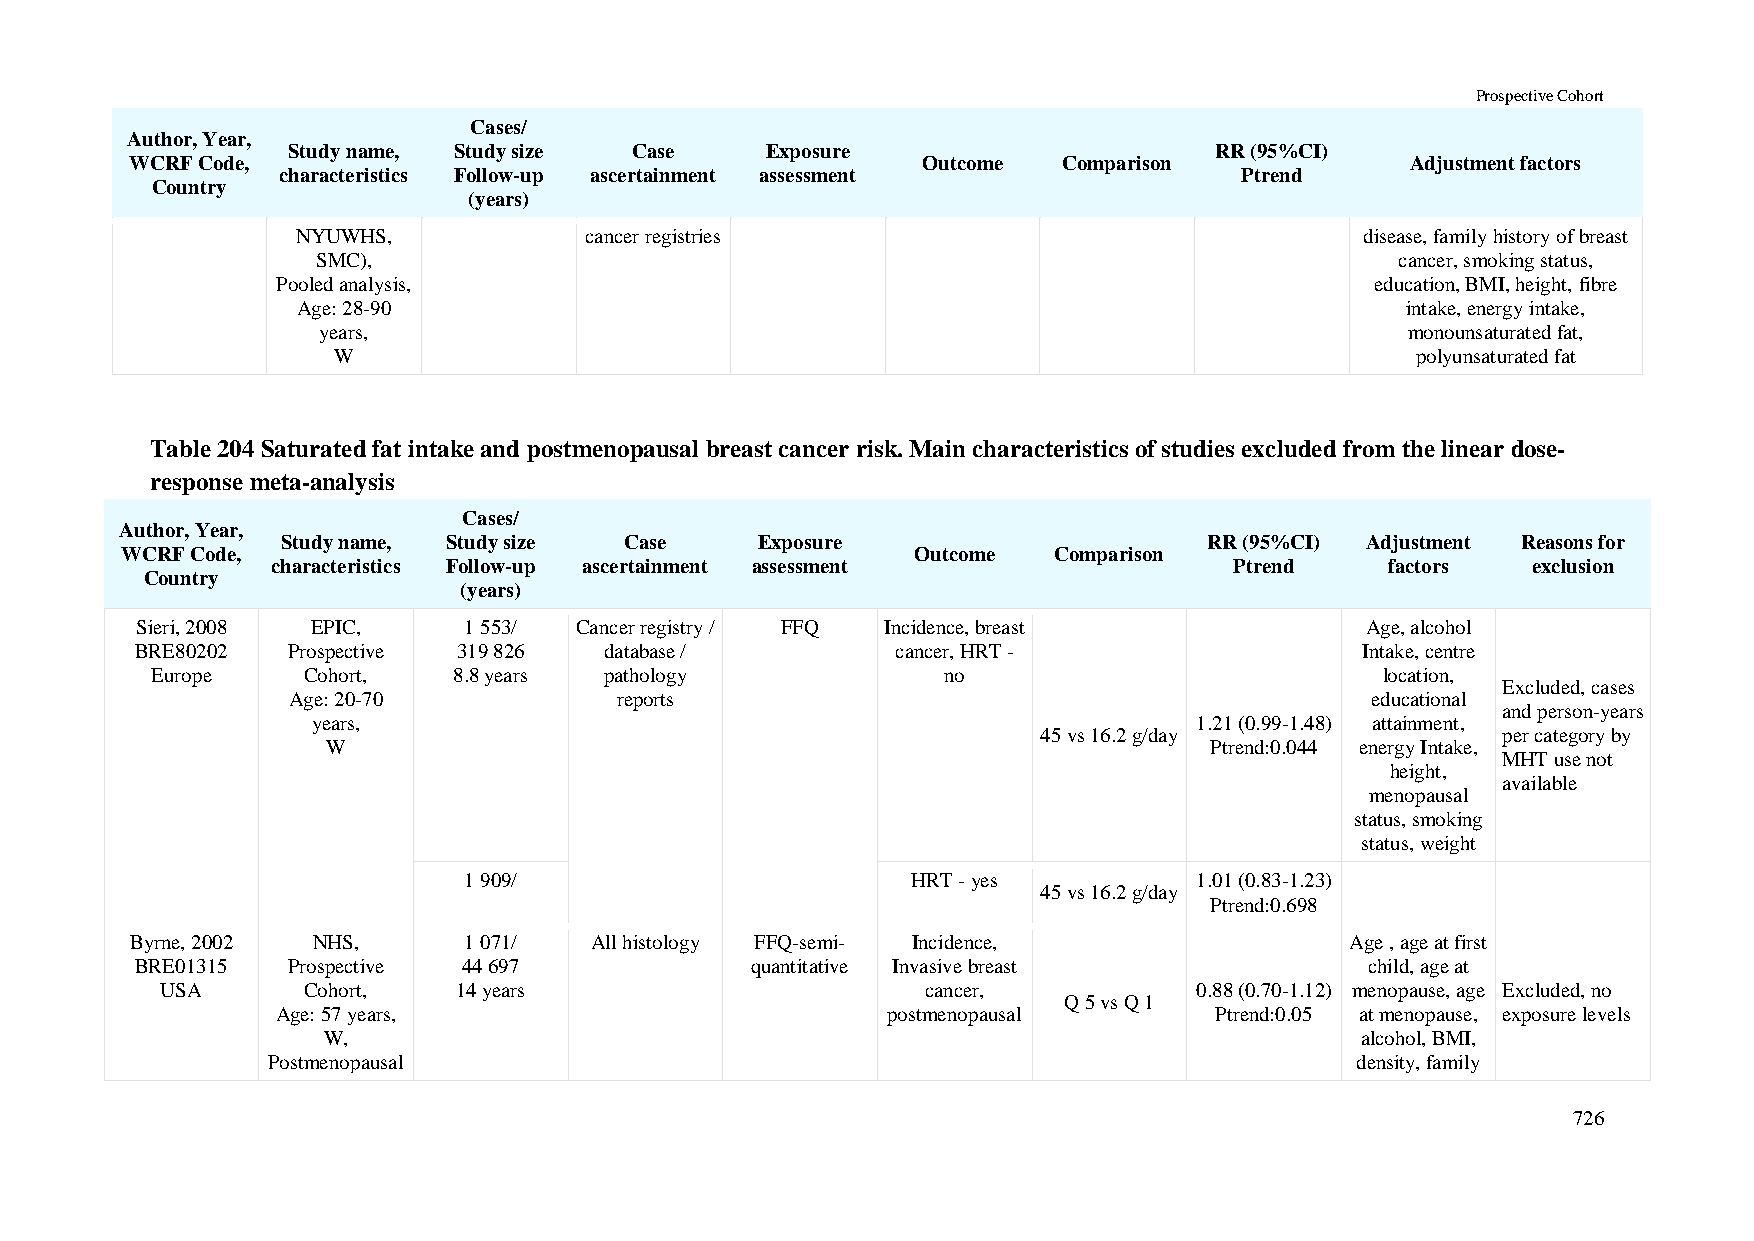
Prospective Cohort
 Cases/
 Author, Year,
 Study name, Study size Case     Exposure                     RR (95%CI)
 WCRF Code,                                          Outcome  Comparison             Adjustment factors
 characteristics Follow-up ascertainment assessment              Ptrend
 Country
 (years)
 NYUWHS,            cancer registries                                  disease, family history of breast
 SMC),                                                                   cancer, smoking status,
 Pooled analysis,                                                         education, BMI, height, fibre
 Age: 28-90                                                               intake, energy intake,
 years,                                                                  monounsaturated fat,
 W                                                                       polyunsaturated fat
 Table 204 Saturated fat intake and postmenopausal breast cancer risk. Main characteristics of studies excluded from the linear dose-
 response meta-analysis
 Cases/
 Author, Year,
 Study name, Study size Case    Exposure                      RR (95%CI) Adjustment Reasons for
 WCRF Code,                                           Outcome  Comparison
 characteristics Follow-up ascertainment assessment              Ptrend    factors  exclusion
 Country
 (years)
 Sieri, 2008 EPIC,     1 553/ Cancer registry / FFQ Incidence, breast             Age, alcohol
 BRE80202  Prospective 319 826  database /         cancer, HRT -                  Intake, centre
 Europe    Cohort,   8.8 years pathology             no                            location,
 Excluded, cases
 Age: 20-70            reports                                           educational
 and person-years
 years,                                                    1.21 (0.99-1.48) attainment,
 45 vs 16.2 g/day              per category by
 W                                                         Ptrend:0.044 energy Intake,
 MHT use not
 height,
 available
 menopausal
 status, smoking
 status, weight
 1 909/                       HRT - yes          1.01 (0.83-1.23)
 45 vs 16.2 g/day
 Ptrend:0.698
 Byrne, 2002 NHS,      1 071/  All histology FFQ-semi- Incidence,                Age , age at first
 BRE01315  Prospective 44 697             quantitative Invasive breast             child, age at
 USA      Cohort,   14 years                       cancer,           0.88 (0.70-1.12) menopause, age Excluded, no
 Q 5 vs Q 1
 Age: 57 years,                           postmenopausal       Ptrend:0.05 at menopause, exposure levels
 W,                                                                   alcohol, BMI,
 Postmenopausal                                                          density, family
 726